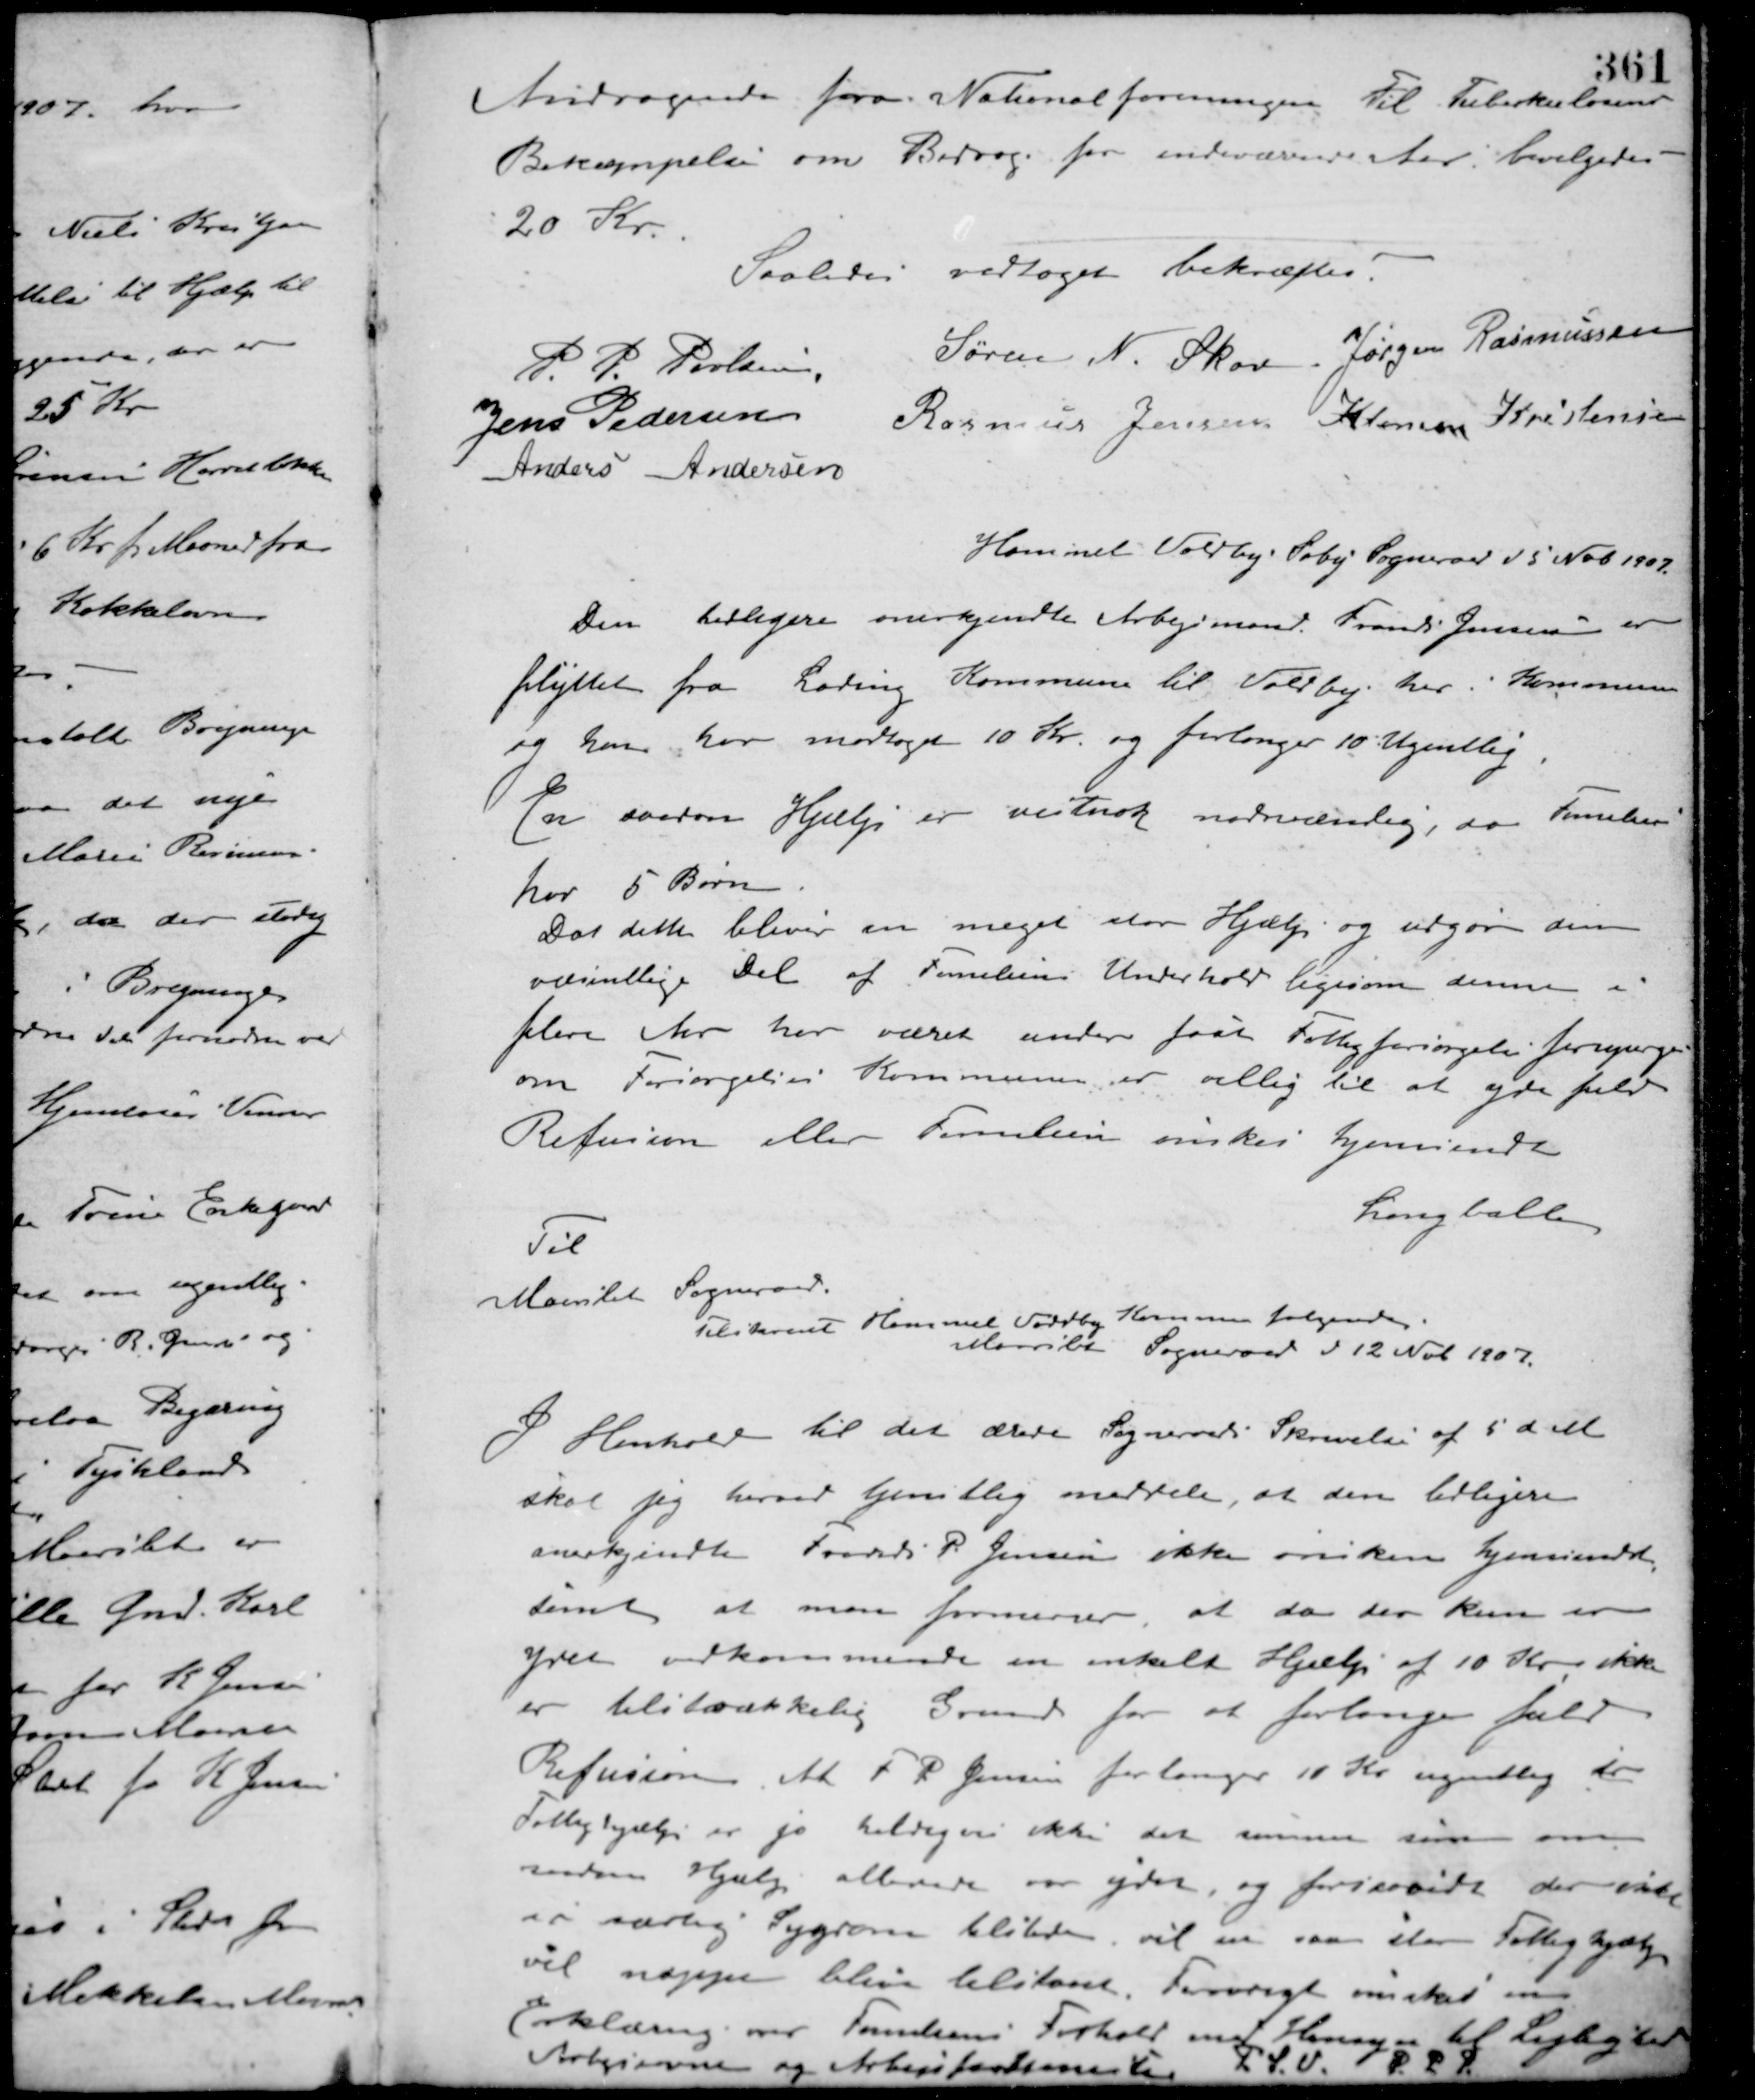
Transskription:
Andragende fra Nationalforeningen til Tuberkulosens
Bekæmpelse om Bidrag for indeværende Aar bevilgedes
20 Kr.
Saaledes vedtaget bekræftes:
P. P. Poulsen
Søren N. Skov Jørgen Rasmussen
Jens Pedersen
Rasmus Jensen Klemen Kristensen
Anders Andersen
Hammel Voldby Søby Sogneraad d. 5 Nob. 1907.
Den tidligere anerkjendte Arbejdsmand Frands Jensen er
flyttet fra Lading Kommune til Voldby, her i Kommunen
og han har modtaget 10 Kr. og forlanger 10 Ugentlig.
En saadan Hjælp er vistnok nødvendig, da Familien
har 5 Børn.
Da dette bliver en meget stor Hjælp og udgør den
væsentlige Del af Familiens Underhold ligesom denne i
flere Aar har været under fast Fattigforsørgelse forespørges
om Forsørgelses Kommunen er villig til at yde fuld
Refusion eller Familien ønskes hjemsendt.
Langballe
Til
Maarslet Sogneraad.
Tilskrevet Hammel Voldby Kommune følgende
Maarslet Sogneraad d. 12 Nob. 1907.
I Henhold til det ærede Sogneraads Skrivelse af 5 d. M.
skal jeg herved tjenstlig meddele, at den tidligere
anerkjendte Frands P. Jensen ikke ønskes hjemsendt,
samt at man formener, at da der kun er
ydet vedkommende en enkelt Hjælp af 10 Kr. ikke
er tilstrækkelig Grund for at forlange fuld
Refusion. At F. P. Jensen forlanger 10 Kr. ugentlig som
Fattighjælp er jo heldigvis ikke det samme som om
anden Hjælp allerede var ydet, og forsaavidt der ikke
er særlig Sygdom tilstede, vil en saa stor Fattighjælp
vel næppe blive tilstaaet. Forøvrigt ønskes en
Erklæring over Familiens Forhold med Hensyn til Lejlighed
Arbejdsevne og Arbejsfortjeneste
P. S. V. P. P. P.